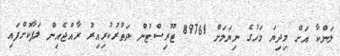
ލަންކާ އަށް މިދިޔަ މަހުގެ ނިޔަލަށް 89761 ޓޫރިސްޓުން ދަތުރުކުރިއިރު ރާއްޖެއިން ލަފާކޮށްފައި